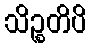
သိဉ္စတိပိ